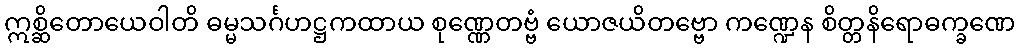
ဣစ္ဆိတောယေဝါတိ ဓမ္မသင်္ဂဟဋ္ဌကထာယ စုဏ္ဏေတဗ္ဗံ ယောဇယိတဗ္ဗော ကဏ္ဍေန စိတ္တနိရောဓက္ခဏေ